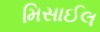
મિસાઈલ